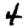
Digit: 4